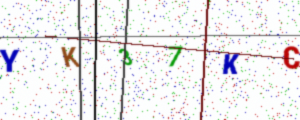
Text: YK37KC